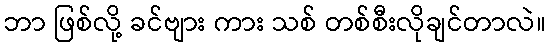
ဘာ ဖြစ်လို့ ခင်ဗျား ကား သစ် တစ်စီးလိုချင်တာလဲ။